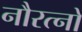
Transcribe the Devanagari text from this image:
नौरत्नों